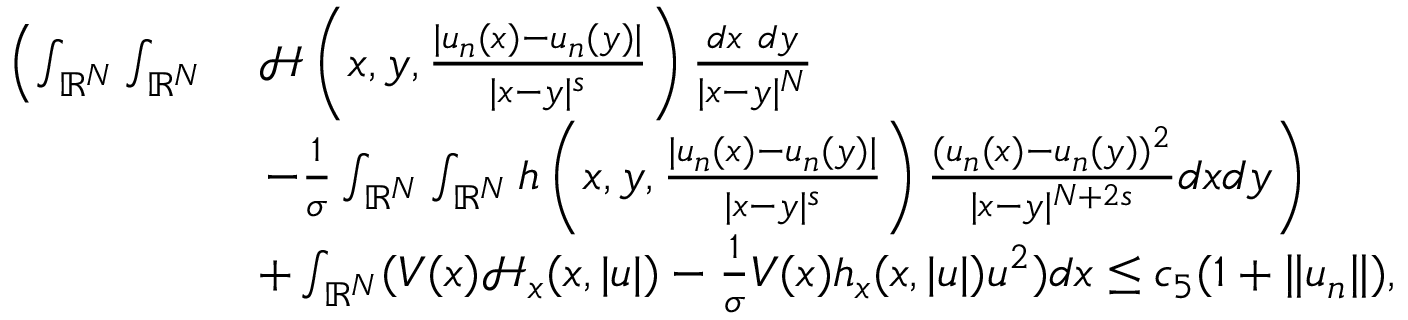
\begin{array} { r l } { \left( \int _ { { \mathbb R } ^ { N } } \int _ { { \mathbb R } ^ { N } } \right. } & { \mathcal { H } \left( x , y , \frac { | u _ { n } ( x ) - u _ { n } ( y ) | } { | x - y | ^ { s } } \right) \frac { d x \ d y } { | x - y | ^ { N } } } \\ & { \left. - \frac { 1 } { \sigma } \int _ { { \mathbb R } ^ { N } } \int _ { { \mathbb R } ^ { N } } h \left( x , y , \frac { | u _ { n } ( x ) - u _ { n } ( y ) | } { | x - y | ^ { s } } \right) \frac { ( u _ { n } ( x ) - u _ { n } ( y ) ) ^ { 2 } } { | x - y | ^ { N + 2 s } } d x d y \right) } \\ & { + \int _ { { \mathbb R } ^ { N } } ( V ( x ) \mathcal { H } _ { x } ( x , | u | ) - \frac { 1 } { \sigma } V ( x ) h _ { x } ( x , | u | ) u ^ { 2 } ) d x \leq c _ { 5 } ( 1 + \| u _ { n } \| ) , } \end{array}